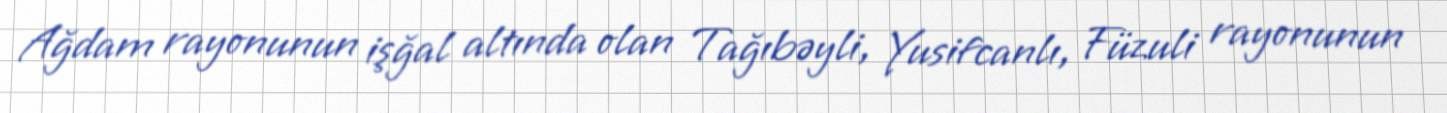
Ağdam rayonunun işğal altında olan Tağıbəyli, Yusifcanlı, Füzuli rayonunun